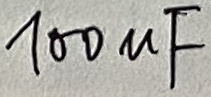
Text: 100uF